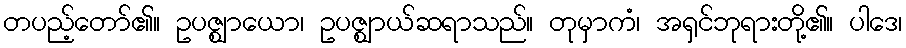
တပည့်တော်၏။ ဥပဇ္ဈာယော၊ ဥပဇ္ဈာယ်ဆရာသည်။ တုမှာကံ၊ အရှင်ဘုရားတို့၏။ ပါဒေ၊